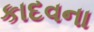
કાદવના